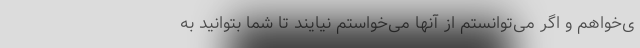
ی‌خواهم و اگر می‌توانستم از آنها می‌خواستم نیایند تا شما بتوانید به